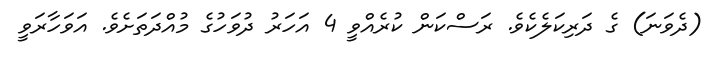
(ދެވަނަ) ގެ ދަރިކަލެކެވެ. ރަސްކަން ކުރެއްވީ 4 އަހަރު ދުވަހުގެ މުއްދަތަށެވެ. އަވަހާރަވީ